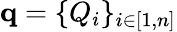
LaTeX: \mathbf{q}=\{ Q_{i}\} _{i\in[1,n]}